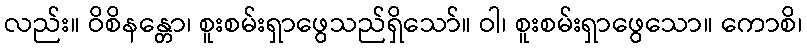
လည်း။ ဝိစိနန္တော၊ စူးစမ်းရှာဖွေသည်ရှိသော်။ ဝါ၊ စူးစမ်းရှာဖွေသော။ ကောစိ၊